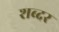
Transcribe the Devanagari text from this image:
शब्दर